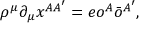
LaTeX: \rho ^ { \mu } \partial _ { \mu } x ^ { A A ^ { \prime } } = e o ^ { A } \bar { o } ^ { A ^ { \prime } } ,